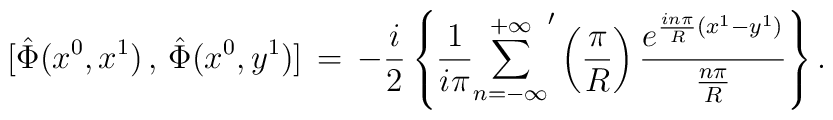
\mbox{} [\hat{\Phi}(x^{0},x^{1})\,,\,\hat{\Phi}(x^{0},y^{1})] \,=\,-\frac{i}{2} \left\{\frac{1}{i\pi} {\sum_{n=-\infty}^{+\infty}}^{\prime} \left(\frac{\pi}{R}\right)\frac{e^{\frac{in\pi}{R} (x^{1}-y^{1})}}{\frac{n\pi}{R}} \right\}.